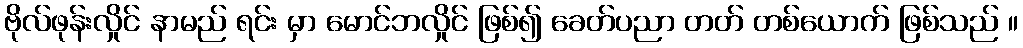
ဗိုလ်ဖုန်းလှိုင် နာမည် ရင်း မှာ မောင်ဘလှိုင် ဖြစ်၍ ခေတ်ပညာ တတ် တစ်ယောက် ဖြစ်သည် ။